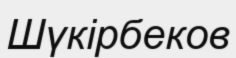
Шүкірбеков